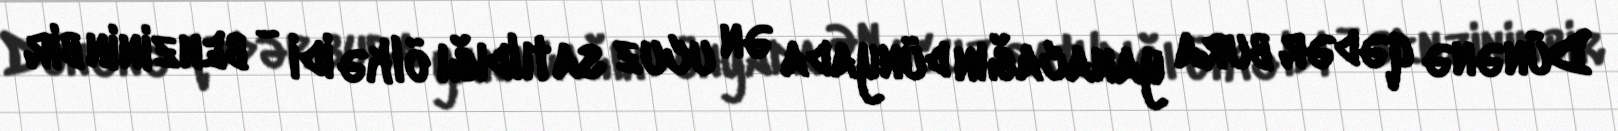
Dünənə qədər bura yanacağın dünyada ən ucuz satıldığı ölkə idi - benzinin bir